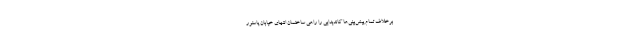
برخلاف تمام پیش‌بینی‌ها کاندیدایی را راهی ساختمان انتهای خیابان پاستور